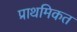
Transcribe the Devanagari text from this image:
प्राथमिकत